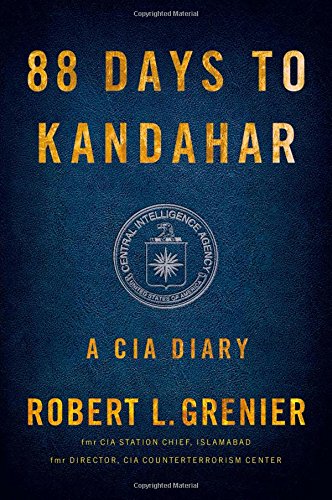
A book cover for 88 Days to Kandahar: A CIA Diary; Robert L. Grenier; History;